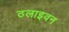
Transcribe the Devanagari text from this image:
ठलाइवन